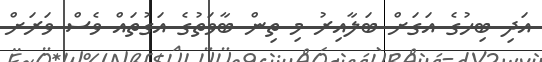
އަދި ބިހުގެ އަގަށް ބަލާއިރު މި ތިން ބާވަތުގެ އަގުތައް ވެސް ވަރަށް